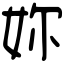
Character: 妳